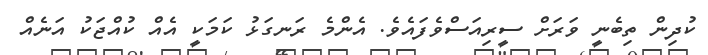
ކުދިން ތިބެނީ ވަރަށް ސީރިއަސްވެފައެވެ. އެންމެ ރަނގަޅު ކަމަކީ އެއް ކުއްޖަކު އަނެއް